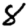
Digit: 8